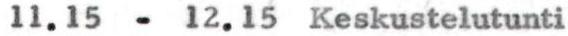
11.15 - 12.15 Keskustelutunti